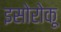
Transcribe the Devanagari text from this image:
इसोरोकू